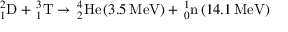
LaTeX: _ { 1 } ^ { 2 } \mathrm { D } + \, _ { 1 } ^ { 3 } \mathrm { T } \rightarrow \, _ { 2 } ^ { 4 } \mathrm { H e } \left( 3 . 5 \, \mathrm { M e V } \right) + \, _ { 0 } ^ { 1 } \mathrm { n } \left( 1 4 . 1 \, \mathrm { M e V } \right)